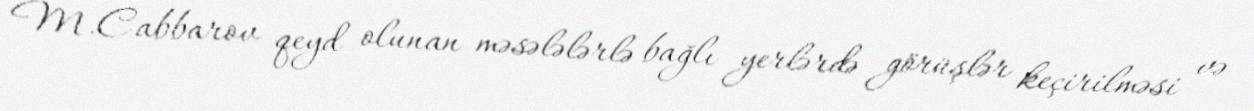
M.Cabbarov qeyd olunan məsələlərlə bağlı yerlərdə görüşlər keçirilməsi və